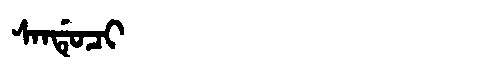
Manchu: ᠰᠠᠨᡩᡠᠴᡳ
Romanization: SANDUCI